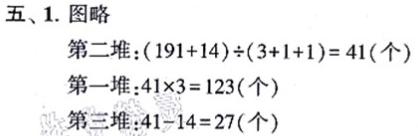
五、1. 图略
第二堆：$(191 + 14)\div(3 + 1 + 1)=41$（个）
第一堆：$41\times3 = 123$（个）
第三堆：$41 - 14 = 27$（个）